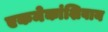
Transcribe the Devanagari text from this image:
एकमेकांशिवाय